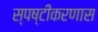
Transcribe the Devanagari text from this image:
स्पष्टीकरणास